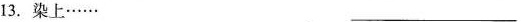
13. 染上…… ___